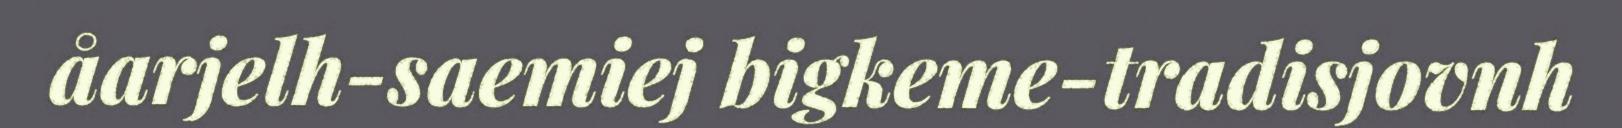
åarjelh-saemiej bigkeme-tradisjovnh